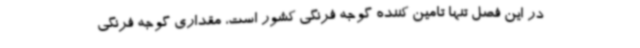
در این فصل تنها تامین کننده گوجه فرنگی کشور است، مقداری گوجه فرنگی